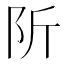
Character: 𨸢